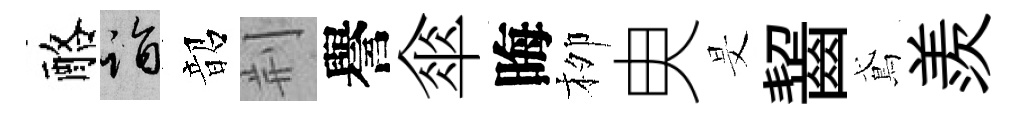
酪诣韶荆譽傘晦栁㬰旻齧鳶羨